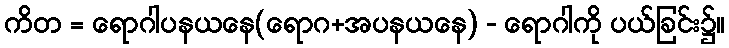
ကိတ = ရောဂါပနယနေ(ရောဂ+အပနယနေ) - ရောဂါကို ပယ်ခြင်း၌။